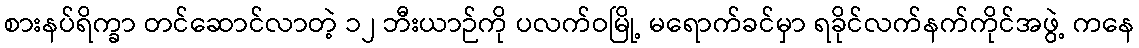
စားနပ်ရိက္ခာ တင်ဆောင်လာတဲ့ ၁၂ ဘီးယာဉ်ကို ပလက်ဝမြို့ မရောက်ခင်မှာ ရခိုင်လက်နက်ကိုင်အဖွဲ့ ကနေ